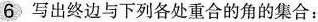
6写出终边与下列各处重合的角的集合：